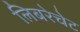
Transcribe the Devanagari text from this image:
लिबरेचेट